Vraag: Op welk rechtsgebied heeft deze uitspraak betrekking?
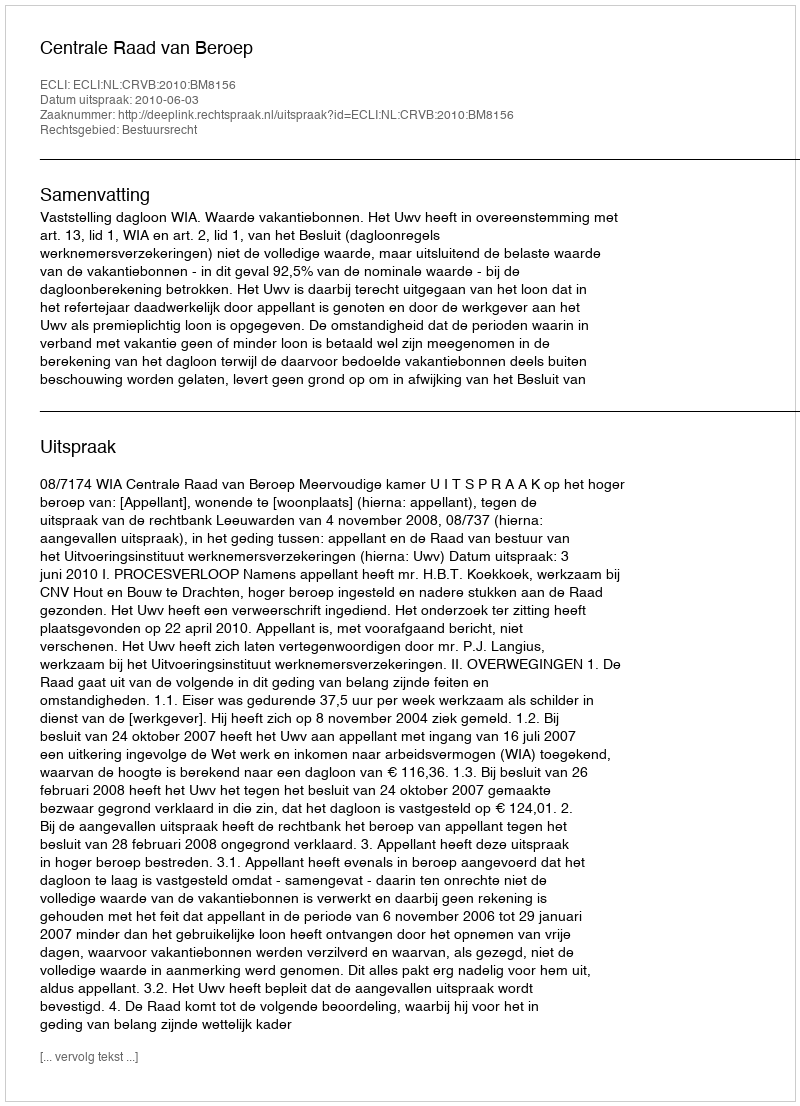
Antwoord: Bestuursrecht